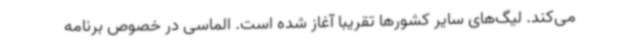
می‌کند. لیگ‌های سایر کشورها تقریبا آغاز شده است. الماسی در خصوص برنامه